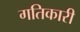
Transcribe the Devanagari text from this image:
गतिकारी